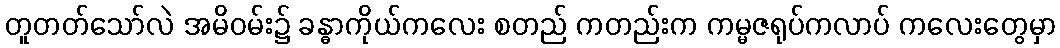
တူတတ်သော်လဲ အမိဝမ်း၌ ခန္ဓာကိုယ်ကလေး စတည် ကတည်းက ကမ္မဇရုပ်ကလာပ် ကလေးတွေမှာ